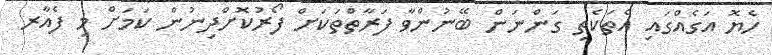
ހެޔޮ އަގެއްގައި އެތަކެތި ގަންނަން ބޭނުންވާ ފަރާތްތަކަށް ފޯރުކޮށްދިނުން ކަމަށް މި ފެއާރ